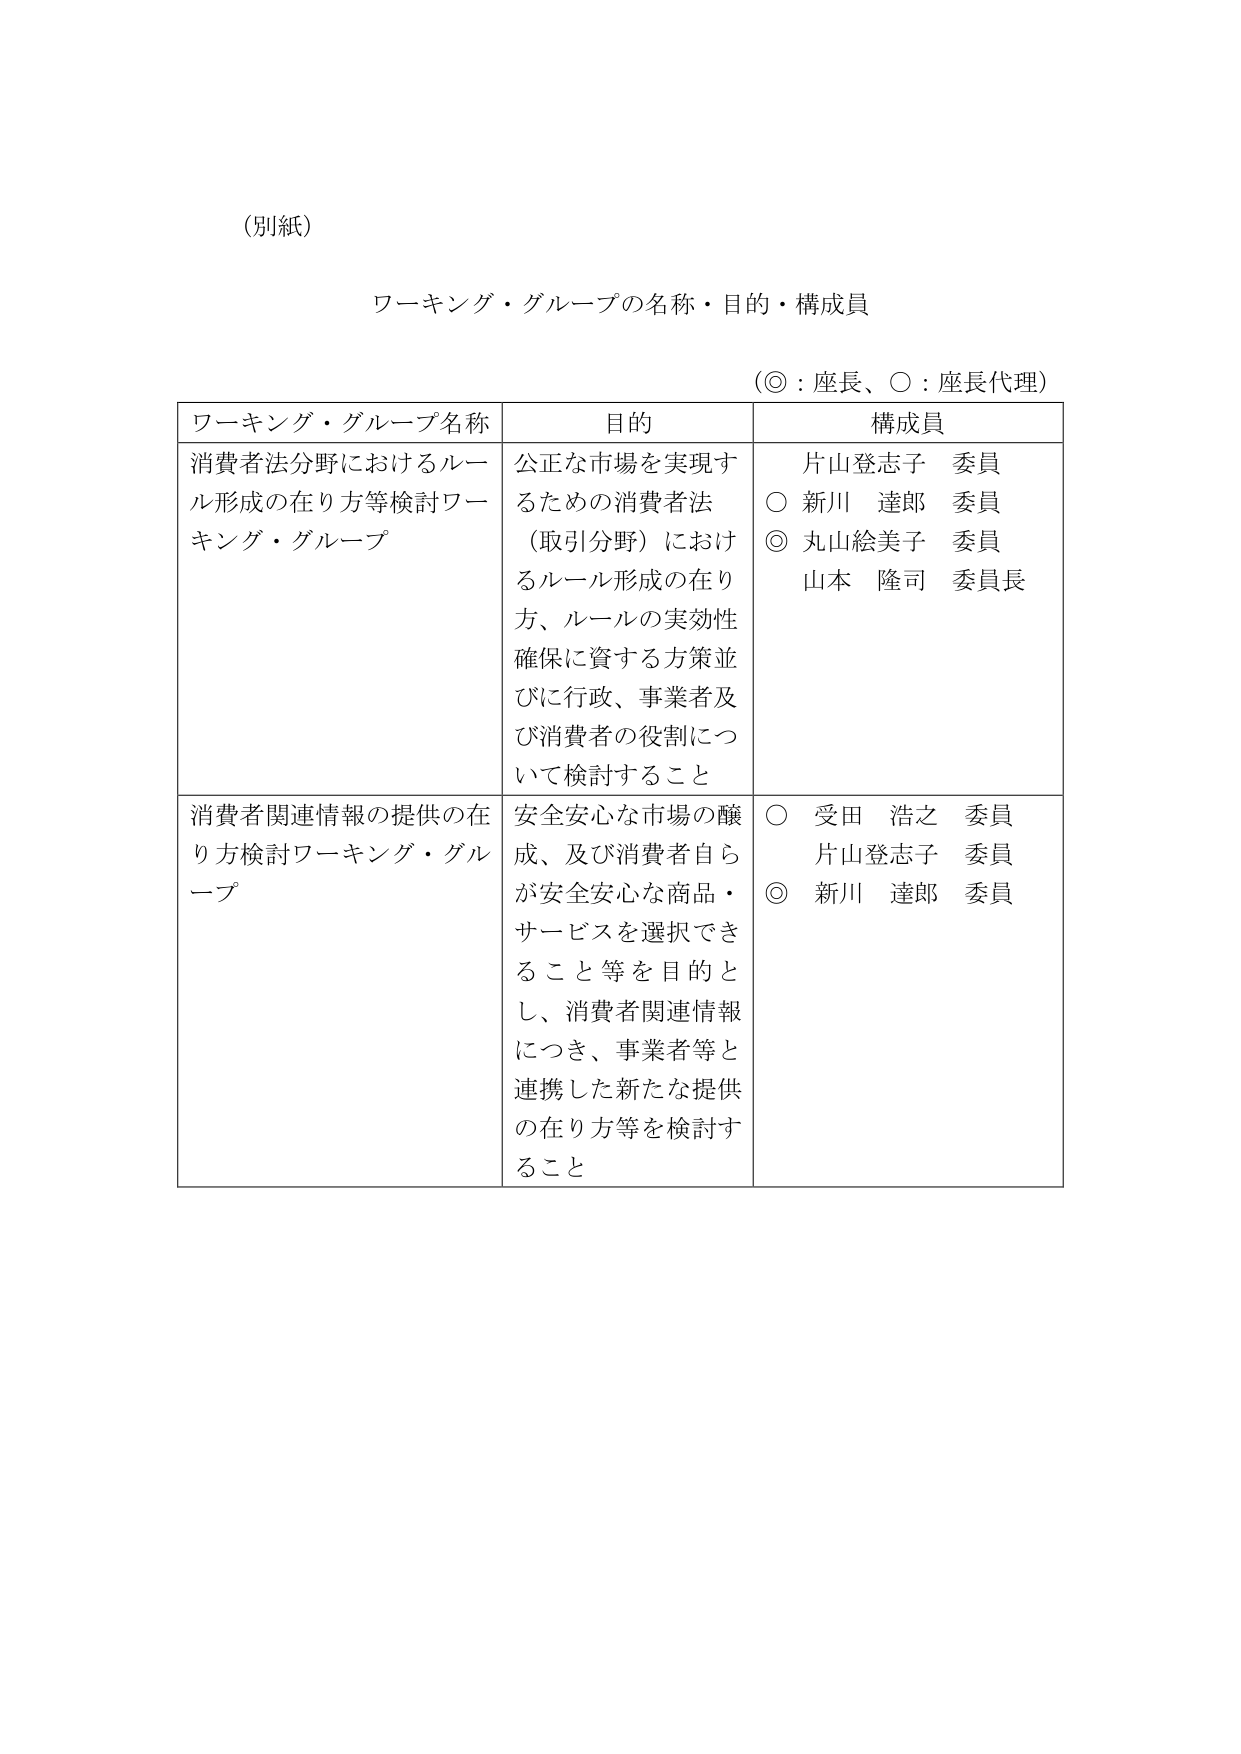
（別紙）

ワーキング・グループの名称・目的・構成員

（◎：座長、○：座長代理）

ワーキング・グループ名称　　　　　目的　　　　　　　　　構成員

消費者法分野におけるルール形成の在り方等検討ワーキング・グループ　公正な市場を実現するための消費者法（取引分野）におけるルール形成の在り方、ルールの実効性確保に資する方策並びに行政、事業者及び消費者の役割について検討すること　　片山登志子　委員　○　新川　達郎　委員　◎　丸山絵美子　委員　山本　隆司　委員長

消費者関連情報の提供の在り方検討ワーキング・グループ　安全安心な市場の醸成、及び消費者自らが安全安心な商品・サービスを選択できること等を目的とし、消費者関連情報につき、事業者等と連携した新たな提供の在り方等を検討すること　　○　受田　浩之　委員　片山登志子　委員　◎　新川　達郎　委員